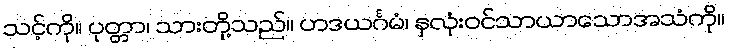
သင့်ကို။ ပုတ္တာ၊ သားတို့သည်။ ဟဒယင်္ဂမံ၊ နှလုံးဝင်သာယာသောအသံကို။